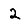
Digit: 2